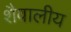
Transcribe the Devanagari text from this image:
शैवालीय